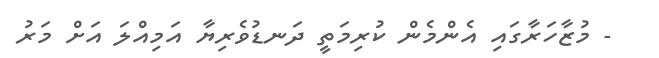
- މުޒާހަރާގައި އެންމެން ކުރިމަތީ ދަނޑުވެރިޔާ އަމިއްލަ އަށް މަރު